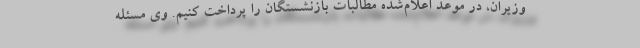
وزیران، در موعد اعلام‌شده مطالبات بازنشستگان را پرداخت کنیم. وی مسئله